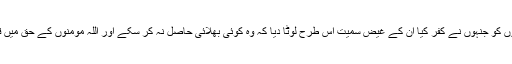
وَ کَانَ اللّٰہُ قَوِیًّا عَزِیْزًا (الاحزاب:26) یعنی اور اللہ نے ان لوگوں کو جنہوں نے کفر کیا ان کے غیض سمیت اس طرح لوٹا دیا کہ وہ کوئی بھلائی حاصل نہ کر سکے اور اللہ مومنوں کے حق میں قتال میں کافی ہو گیا اور اللہ بہت قوی اور کامل غلبہ والا ہے۔